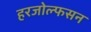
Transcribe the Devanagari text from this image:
हरजोल्फसन